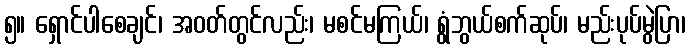
၅။ ရှောင်ပါစေချင်၊ အဝတ်တွင်လည်း၊ မစင်မကြယ်၊ ရွံဘွယ်စက်ဆုပ်၊ မည်းပုပ်မွဲပြာ၊